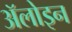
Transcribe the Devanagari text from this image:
ॲलोइन